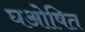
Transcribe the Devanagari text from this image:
घओषित